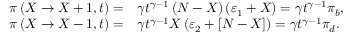
\begin{array} { r l } { \pi \left( X \rightarrow X + 1 , t \right) = } & { { } \gamma t ^ { \gamma - 1 } \left( N - X \right) \left( \varepsilon _ { 1 } + X \right) = \gamma t ^ { \gamma - 1 } \pi _ { b } , } \\ { \pi \left( X \rightarrow X - 1 , t \right) = } & { { } \gamma t ^ { \gamma - 1 } X \left( \varepsilon _ { 2 } + \left[ N - X \right] \right) = \gamma t ^ { \gamma - 1 } \pi _ { d } . } \end{array}